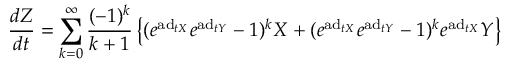
{ \frac { d Z } { d t } } = \sum _ { k = 0 } ^ { \infty } { \frac { ( - 1 ) ^ { k } } { k + 1 } } \left\{ ( e ^ { \mathrm { a d } _ { t X } } e ^ { \mathrm { a d } _ { t Y } } - 1 ) ^ { k } X + ( e ^ { \mathrm { a d } _ { t X } } e ^ { \mathrm { a d } _ { t Y } } - 1 ) ^ { k } e ^ { \mathrm { a d } _ { t X } } Y \right\}